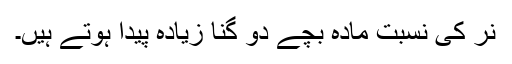
نر کی نسبت مادہ بچے دو گنا زیادہ پیدا ہوتے ہیں۔